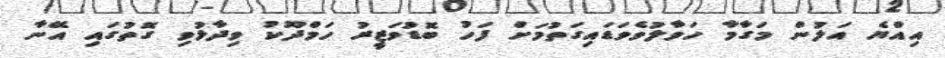
އިއްޔެ އަލުން މަގާމާ ހަވާލުވެވަޑައިގަތުމަށް ފަހު ބޮޑުވަޒީރު ހަމްދޫކު ވިދާޅުވި ގޮތުގައި އޭނާ